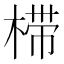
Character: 𰘀